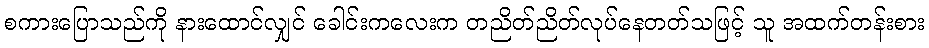
စကားပြောသည်ကို နားထောင်လျှင် ခေါင်းကလေးက တညိတ်ညိတ်လုပ်နေတတ်သဖြင့် သူ အထက်တန်းစား